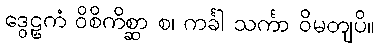
ဒွေဠှကံ ဝိစိကိစ္ဆာ စ၊ ကင်္ခါ သင်္ကာ ဝိမတျပိ။